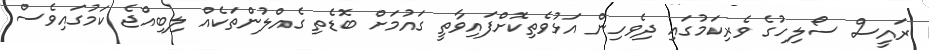
ރައީސް ސޯލިހުގެ ވެރިކަމުގައި ދިވެހިން އަޅުވެތިކޮށްފައިވާތީ ގައުމަށް ބޮޑެތި ގެއްލުންތަކެއް ލިބިއްޖެ ކަމުގައިވެސް